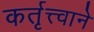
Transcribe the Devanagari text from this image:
कर्तृत्त्वाने